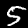
Label: 5